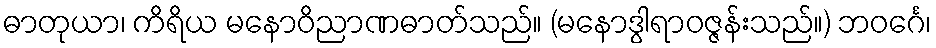
ဓာတုယာ၊ ကိရိယ မနောဝိညာဏဓာတ်သည်။ (မနောဒွါရာဝဇ္ဇန်းသည်။) ဘဝင်္ဂေ၊